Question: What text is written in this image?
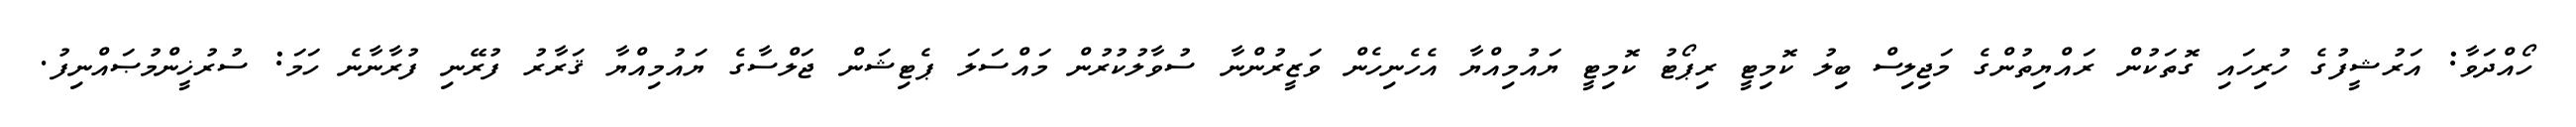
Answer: ހޯއްދަވާ: އަރުޝީފުގެ ހުރިހައި ގޮތަކުން ރައްޔިތުންގެ މަޖިލިސް ބިލު ކޮމިޓީ ރިޕޯޓު ކޮމިޓީ ޔައުމިއްޔާ އެހެނިހެން ވަޒީރުންނާ ސުވާލުކުރުން މައްސަލަ ޕެޓިޝަން ޖަލްސާގެ ޔައުމިއްޔާ ޤަރާރު ފުރޭނި ފުރާނާނެ ހަމަ: ސުރުޚީންމުޞައްނިފު.